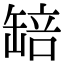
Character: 䍌